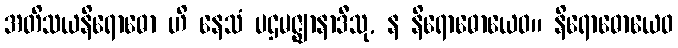
အတိသယနိရောဓော ဟိ နေသံ ပဌမဇ္ဈာနာဒီသု, န နိရောဓောယေဝ။ နိရောဓောယေဝ